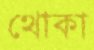
থোকা